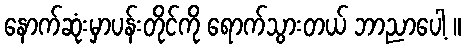
နောက်ဆုံးမှာပန်းတိုင်ကို ရောက်သွားတယ် ဘာညာပေါ့ ။